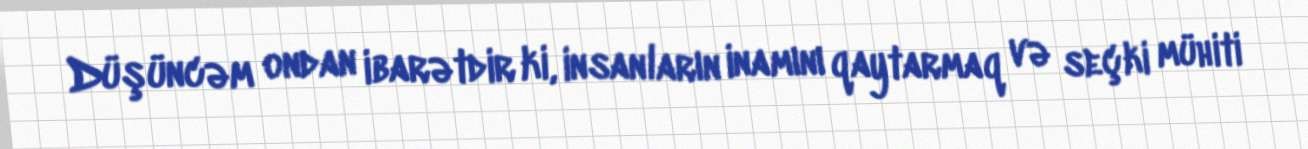
Düşüncəm ondan ibarətdir ki, insanların inamını qaytarmaq və seçki mühiti